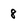
Character: 8